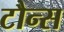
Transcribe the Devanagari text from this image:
टौन्स